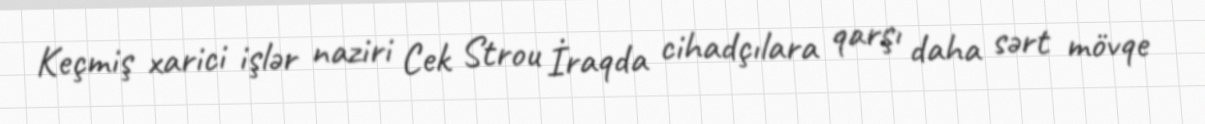
Keçmiş xarici işlər naziri Cek Strou İraqda cihadçılara qarşı daha sərt mövqe